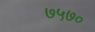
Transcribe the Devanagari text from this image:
७५७०